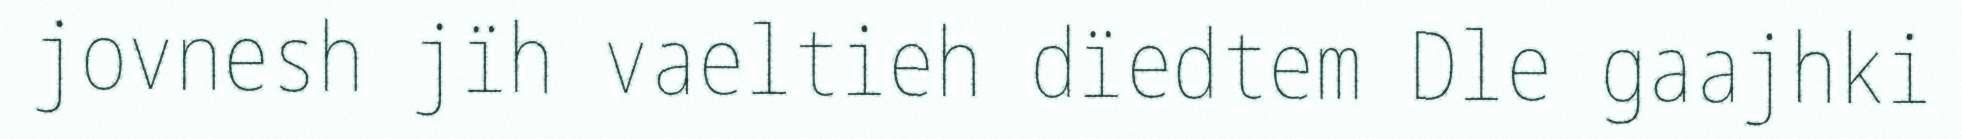
jovnesh jïh vaeltieh dïedtem Dle gaajhki